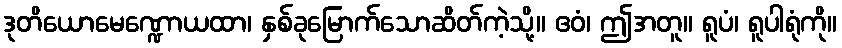
ဒုတိယောမေဏ္ဍောယထာ၊ နှစ်ခုမြောက်သောဆိတ်ကဲ့သို့။ ဧဝံ၊ ဤအတူ။ ရူပံ၊ ရူပါရုံကို။